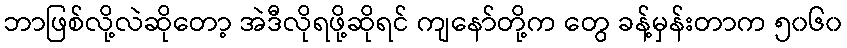
ဘာဖြစ်လို့လဲဆိုတော့ အဲဒီလိုရဖို့ဆိုရင် ကျနော်တို့က တွေ ခန့်မှန်းတာက ၅၀၆၀